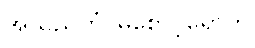
အသညတံ၊ မစောင့်ရှောက်